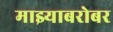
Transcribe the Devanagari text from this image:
माझ्याबरोबर